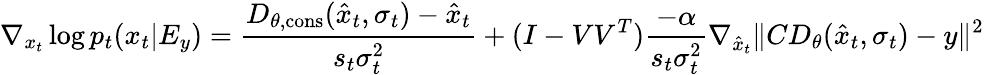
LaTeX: \nabla_{x_{t}}\log{p_{t}(x_{t}|E_{y})}=\frac{D_{\theta,\mathrm{cons}}(\hat{x}_{t},\sigma_{t})-\hat{x}_{t}}{s_{t}\sigma_{t}^{2}}+(I-VV^{T})\frac{-\alpha}{s_{t}\sigma_{t}^{2}}\nabla_{\hat{x}_{t}}\| CD_{\theta}(\hat{x}_{t},\sigma_{t})-y\| ^{2}